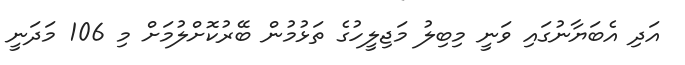
އަދި އެބަޔާނުގައި ވަނީ މިބިލު މަޖިލީހުގެ ތަޅުމުން ބޭރުކޮށްލުމަށް މި 106 މަދަނީ